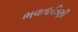
ભવતારીણી